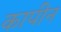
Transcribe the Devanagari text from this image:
कापीन